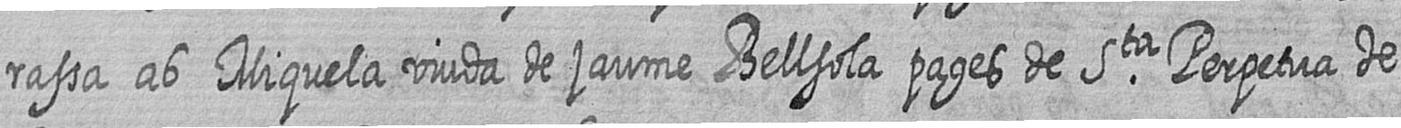
rassa ab Miquela viuda de jaume Bellsola pages de Sta Perpetua de